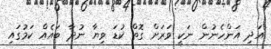
އަދި އަންހެނުން ނަކީ ވަރަށް ގޮތް ކުޑަ ވިޔާ ނުދާ ބައެއް ކަމުގައި